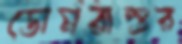
ডোমরাশুর